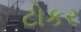
ટોકર